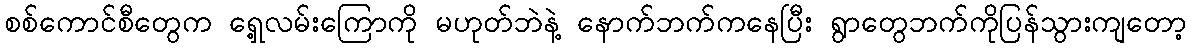
စစ်ကောင်စီတွေက ရှေ့လမ်းကြောကို မဟုတ်ဘဲနဲ့ နောက်ဘက်ကနေပြီး ရွာတွေဘက်ကိုပြန်သွားကျတော့